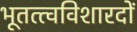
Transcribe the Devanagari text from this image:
भूतत्त्वविशारदों